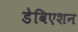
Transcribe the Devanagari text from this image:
डेविएशन